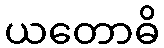
ယတောဓိ